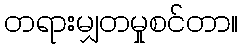
တရားမျှတမှုစင်တာ။